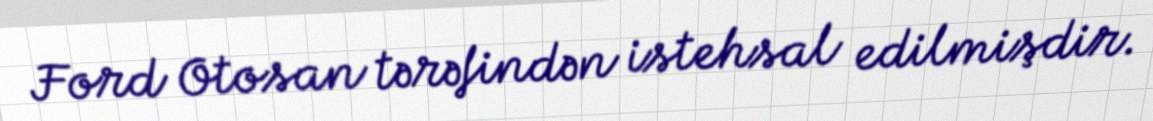
Ford Otosan tərəfindən istehsal edilmişdir.